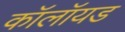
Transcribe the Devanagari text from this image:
कॉलॉयड